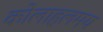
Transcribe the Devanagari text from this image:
कोलाहलमय